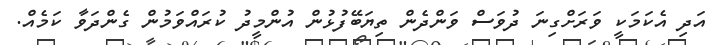
އަދި އެކަމަކީ ވަރަށްގިނަ ދުވަސް ވަންދެން ތިޔަބޭފުޅުން އުންމީދު ކުރައްވަމުން ގެންދަވާ ކަމެއް.